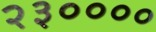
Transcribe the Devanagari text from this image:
२३००००